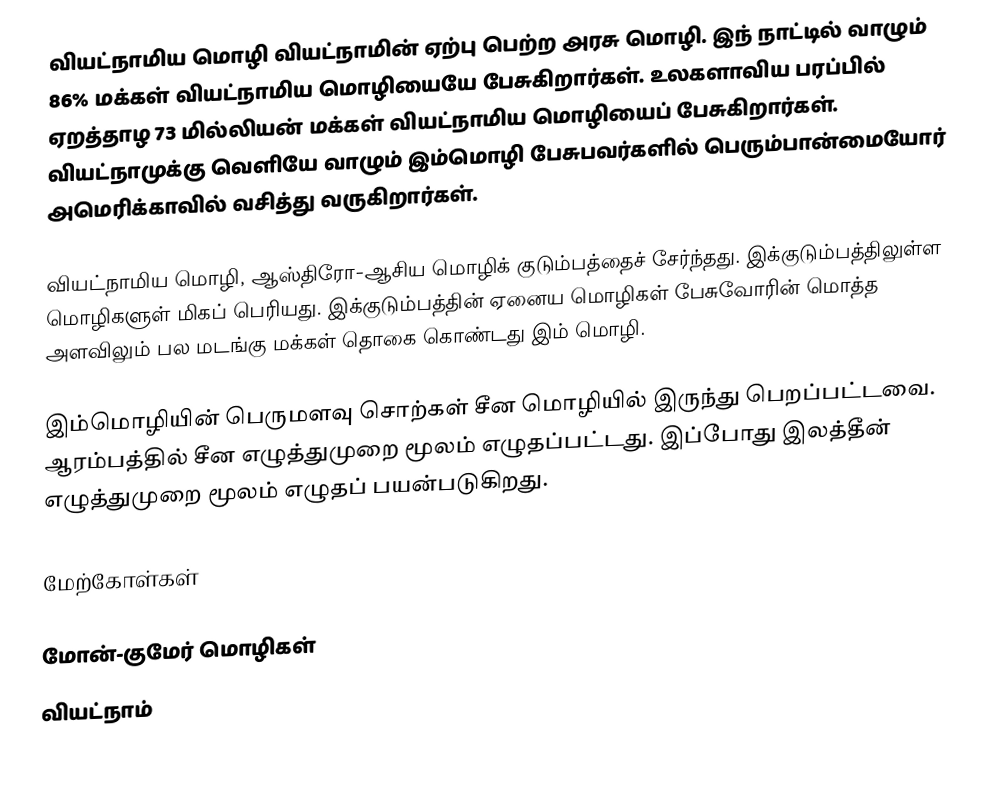
வியட்நாமிய மொழி வியட்நாமின் ஏற்பு பெற்ற அரசு  மொழி. இந் நாட்டில் வாழும் 86% மக்கள் வியட்நாமிய மொழியையே பேசுகிறார்கள். உலகளாவிய பரப்பில் ஏறத்தாழ 73 மில்லியன் மக்கள் வியட்நாமிய மொழியைப் பேசுகிறார்கள்.  வியட்நாமுக்கு வெளியே வாழும் இம்மொழி பேசுபவர்களில் பெரும்பான்மையோர் அமெரிக்காவில் வசித்து வருகிறார்கள்.

வியட்நாமிய மொழி, ஆஸ்திரோ-ஆசிய மொழிக் குடும்பத்தைச் சேர்ந்தது. இக்குடும்பத்திலுள்ள மொழிகளுள் மிகப் பெரியது. இக்குடும்பத்தின் ஏனைய மொழிகள் பேசுவோரின் மொத்த அளவிலும் பல மடங்கு மக்கள் தொகை கொண்டது இம் மொழி.

இம்மொழியின் பெருமளவு சொற்கள் சீன மொழியில் இருந்து பெறப்பட்டவை. ஆரம்பத்தில் சீன எழுத்துமுறை மூலம் எழுதப்பட்டது. இப்போது இலத்தீன் எழுத்துமுறை மூலம் எழுதப் பயன்படுகிறது.

மேற்கோள்கள்

மோன்-குமேர் மொழிகள்
வியட்நாம்